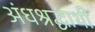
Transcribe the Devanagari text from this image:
अंधश्रद्धाथी